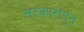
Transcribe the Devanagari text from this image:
सरकारांतून